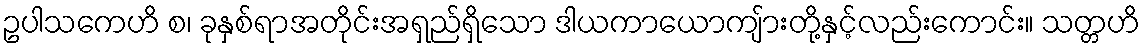
ဥပါသကေဟိ စ၊ ခုနှစ်ရာအတိုင်းအရှည်ရှိသော ဒါယကာယောကျ်ားတို့နှင့်လည်းကောင်း။ သတ္တဟိ